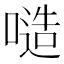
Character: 𠻛